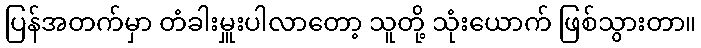
ပြန်အတက်မှာ တံခါးမှူးပါလာတော့ သူတို့ သုံးယောက် ဖြစ်သွားတာ။